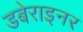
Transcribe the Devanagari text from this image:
डबेराइनर